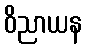
ဝိညာယန